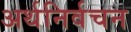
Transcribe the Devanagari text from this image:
अर्थनिर्वचन